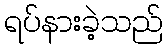
ရပ်နားခဲ့သည်